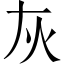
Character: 灰